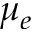
\mu _ { e }